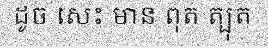
ដូច សេះ មាន ពុត ត្បុត